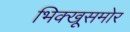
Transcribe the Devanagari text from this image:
भिक्खूसमोर